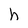
Character: h